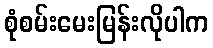
စုံစမ်းမေးမြန်းလိုပါက